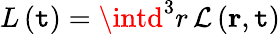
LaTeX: L\left(\mathtt{t}\right)=\intd^{3}r\, \mathcal{{L}}\left(\mathbf{{r}},\mathtt{t}\right)